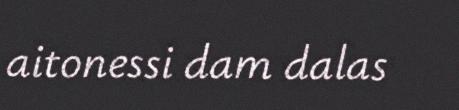
aitonessi dam dalas